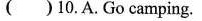
( )10.A.Go camping.